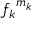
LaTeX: { f _ { k } } ^ { m _ { k } }